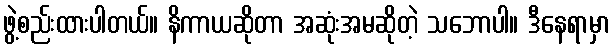
ဖွဲ့စည်းထားပါတယ်။ နိကာယဆိုတာ အဆုံးအမဆိုတဲ့ သဘောပါ။ ဒီနေရာမှာ